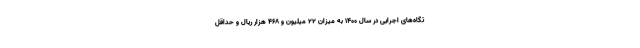
تگاه‌های اجرایی در سال ۱۴۰۰ به میزان ۲۲ میلیون و ۴۶۸ هزار ریال و حداقل